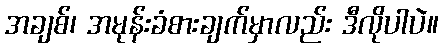
အချစ်၊ အမုန်းခံစားချက်မှာလည်း ဒီလိုပါပဲ။